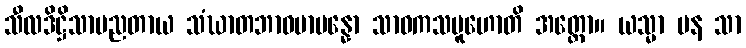
သီလဒိဋ္ဌိသာမညတာယ သံဃာတဘာဝမာပန္နော သာဝကသမူဟောတိ အတ္ထော။ ယသ္မာ ပန သာ